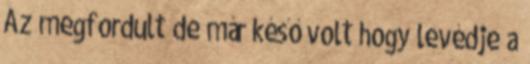
Az megfordult de már késő volt hogy levédje a